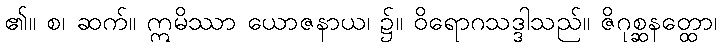
၏။ စ၊ ဆက်။ ဣမိဿာ ယောဇနာယ၊ ၌။ ဝိရောဂသဒ္ဒါသည်။ ဇိဂုစ္ဆနတ္ထော၊